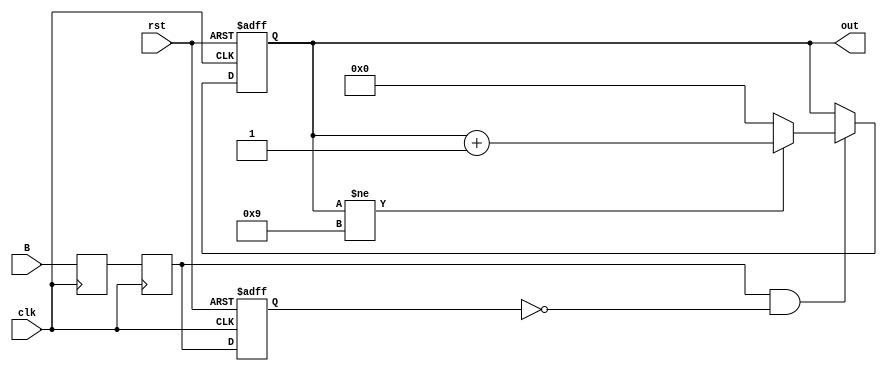
`timescale 1ns / 1ps


module posedgecntrl( input clk,rst,B,output reg [3:0] out 
   );
     reg push_1;
     reg push_2;
     reg push_3;
     wire push_4;
     
    
   always@(posedge clk )begin
       push_1<= B;
       push_2<= push_1;
   end 
   always@(posedge clk , posedge rst ) begin 
       if (rst)begin 
           push_3=1'b0;
       end
       else begin
           push_3 <=push_2 ; 
       end
   end
   
   assign push_4 = push_2 & ~push_3 ;
   
   always @(posedge clk,posedge rst) begin 
        if (rst)begin 
            out <= 0 ;
        end
        else if(push_4)begin
            if(out!=9)
                out<=out+1;
            else
                out<=0;
       end
   end
   
     
     
endmodule